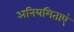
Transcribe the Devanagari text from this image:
अनियमिताएं